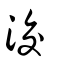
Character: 洨